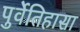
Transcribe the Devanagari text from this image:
पुर्वेतिहासा